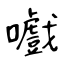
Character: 嚱